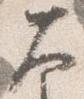
大